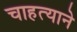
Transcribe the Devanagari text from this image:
चाहत्याने